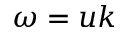
\omega = u k